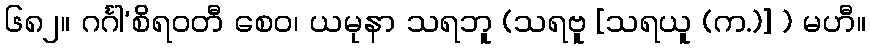
၆၈၂။ ဂင်္ဂါ’စိရဝတီ စေဝ၊ ယမုနာ သရဘူ (သရဗူ [သရယူ (က.)] ) မဟီ။